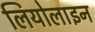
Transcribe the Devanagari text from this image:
लियोलाइन